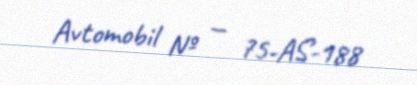
Avtomobil № — 75-AS-188